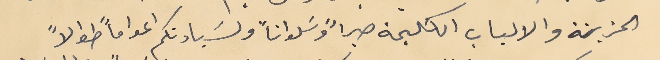
الحزينة والالباب الكليمة صبراً وسَلواناً ولسَيادتكم اعوامأً طوالاً